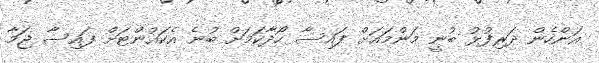
އަންހެން ދަރިފުޅު ބުނީ މަންމައަށް ފައިސާ ހޯދާކަމަށް ބުނެ އެކައުންޓަށް ފައިސާ ޖަމާ